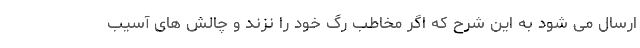
ارسال می شود به این شرح که اگر مخاطب رگ خود را نزند و چالش های آسیب